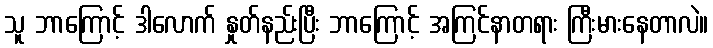
သူ ဘာကြောင့် ဒါလောက် နှုတ်နည်းပြီး ဘာကြောင့် အကြင်နာတရား ကြီးမားနေတာလဲ။